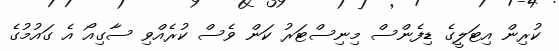
ކުރިން އިޓަލީގެ ޑިފެންސް މިނިސްޓަރު ކަން ވެސް ކުރެއްވި ސާގިއޯ އެ ގައުމުގެ